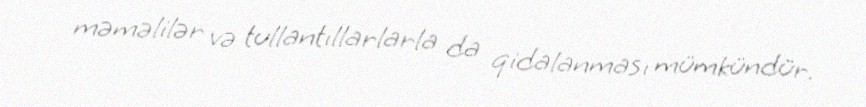
məməlilər və tullantıllarlarla da qidalanması mümkündür.